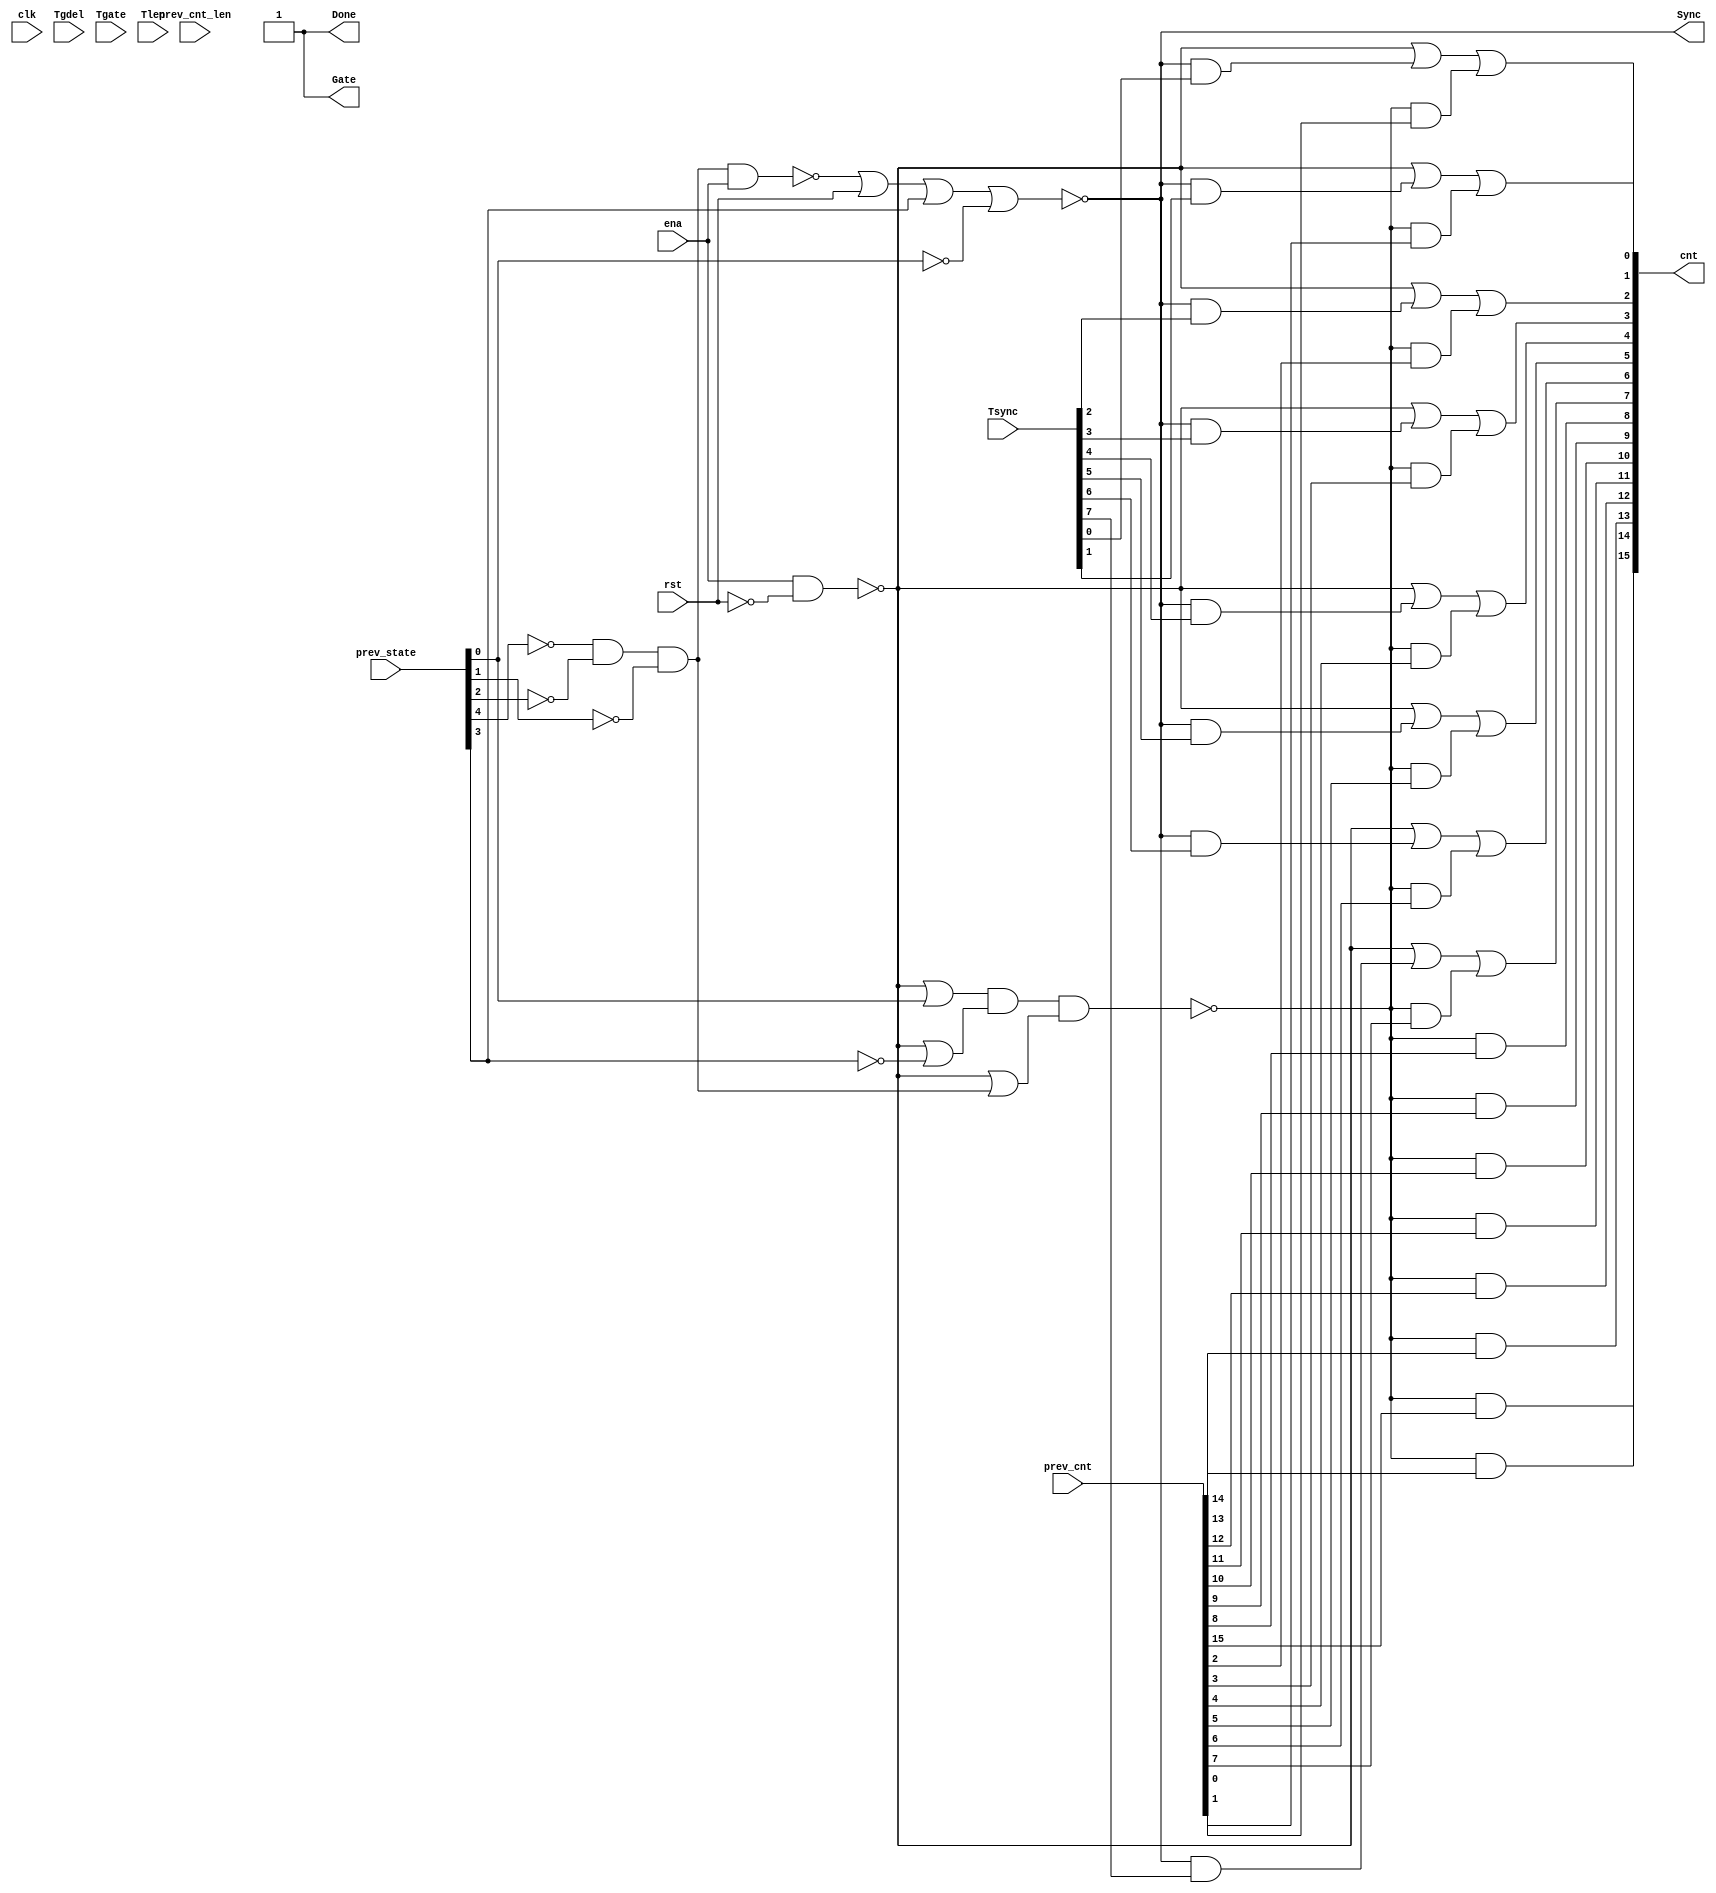
//
// Conformal-LEC: Version 11.10-d208 (10-Mar-2012) (64 bit executable)
//
module top(clk, ena, rst, Tsync, Tgdel, Tgate, Tlen, Sync, Gate, Done, 
    prev_state, prev_cnt, prev_cnt_len, cnt);
input  clk, ena, rst;
output Sync, Gate, Done;
input   [7:0] Tsync;
input   [7:0] Tgdel;
input   [15:0] Tgate;
input   [15:0] Tlen;
input   [4:0] prev_state;
input   [15:0] prev_cnt;
input   [15:0] prev_cnt_len;
output  [15:0] cnt;
wire  \mux_cnt_124_11_g275/w_0 , \mux_cnt_124_11_g275/w_1 , 
    \mux_cnt_124_11_g275/w_2 , \mux_cnt_124_11_g272/w_0 , 
    \mux_cnt_124_11_g272/w_1 , \mux_cnt_124_11_g272/w_2 , 
    \mux_cnt_124_11_g269/w_0 , \mux_cnt_124_11_g269/w_1 , 
    \mux_cnt_124_11_g269/w_2 , \mux_cnt_124_11_g266/w_0 , 
    \mux_cnt_124_11_g266/w_1 , \mux_cnt_124_11_g266/w_2 , 
    \mux_cnt_124_11_g263/w_0 , \mux_cnt_124_11_g263/w_1 , 
    \mux_cnt_124_11_g263/w_2 , \mux_cnt_124_11_g257/w_0 , 
    \mux_cnt_124_11_g257/w_1 , \mux_cnt_124_11_g257/w_2 , 
    \mux_cnt_124_11_g233/w_0 , \mux_cnt_124_11_g233/w_1 , 
    \mux_cnt_124_11_g233/w_2 , \mux_cnt_124_11_g230/w_0 , 
    \mux_cnt_124_11_g230/w_1 , \mux_cnt_124_11_g230/w_2 , n_459, n_458, n_457, 
    n_456, n_455, n_454, n_453, n_452, n_451, n_450, n_449, n_448, n_447, 
    n_443, n_328, n_327, n_38, Sync, rst, ena, clk;
wire  \mux_cnt_124_11_g275/data0 , \mux_cnt_124_11_g272/data0 , 
    \mux_cnt_124_11_g269/data0 , \mux_cnt_124_11_g266/data0 , 
    \mux_cnt_124_11_g263/data0 , \mux_cnt_124_11_g257/data0 , 
    \mux_cnt_124_11_g233/data0 , \mux_cnt_124_11_g230/data0 , Done, Gate;
wire   [15:0] cnt;
wire   [4:0] prev_state;
wire   [15:0] prev_cnt_len;
wire   [15:0] prev_cnt;
wire   [15:0] Tlen;
wire   [15:0] Tgate;
wire   [7:0] Tgdel;
wire   [7:0] Tsync;
  assign \mux_cnt_124_11_g275/data0  = 1'b1;
  assign \mux_cnt_124_11_g272/data0  = 1'b1;
  assign \mux_cnt_124_11_g269/data0  = 1'b1;
  assign \mux_cnt_124_11_g266/data0  = 1'b1;
  assign \mux_cnt_124_11_g263/data0  = 1'b1;
  assign \mux_cnt_124_11_g257/data0  = 1'b1;
  assign \mux_cnt_124_11_g233/data0  = 1'b1;
  assign \mux_cnt_124_11_g230/data0  = 1'b1;
  assign Done = 1'b1;
  assign Gate = 1'b1;
  or \mux_cnt_124_11_g275/org (cnt[2], \mux_cnt_124_11_g275/w_0 , 
    \mux_cnt_124_11_g275/w_1 , \mux_cnt_124_11_g275/w_2 );
  and \mux_cnt_124_11_g275/a_2 (\mux_cnt_124_11_g275/w_2 , n_328, prev_cnt[2]);
  and \mux_cnt_124_11_g275/a_1 (\mux_cnt_124_11_g275/w_1 , Sync, Tsync[2]);
  and \mux_cnt_124_11_g275/a_0 (\mux_cnt_124_11_g275/w_0 , n_327, 
    \mux_cnt_124_11_g275/data0 );
  or \mux_cnt_124_11_g272/org (cnt[3], \mux_cnt_124_11_g272/w_0 , 
    \mux_cnt_124_11_g272/w_1 , \mux_cnt_124_11_g272/w_2 );
  and \mux_cnt_124_11_g272/a_2 (\mux_cnt_124_11_g272/w_2 , n_328, prev_cnt[3]);
  and \mux_cnt_124_11_g272/a_1 (\mux_cnt_124_11_g272/w_1 , Sync, Tsync[3]);
  and \mux_cnt_124_11_g272/a_0 (\mux_cnt_124_11_g272/w_0 , n_327, 
    \mux_cnt_124_11_g272/data0 );
  or \mux_cnt_124_11_g269/org (cnt[4], \mux_cnt_124_11_g269/w_0 , 
    \mux_cnt_124_11_g269/w_1 , \mux_cnt_124_11_g269/w_2 );
  and \mux_cnt_124_11_g269/a_2 (\mux_cnt_124_11_g269/w_2 , n_328, prev_cnt[4]);
  and \mux_cnt_124_11_g269/a_1 (\mux_cnt_124_11_g269/w_1 , Sync, Tsync[4]);
  and \mux_cnt_124_11_g269/a_0 (\mux_cnt_124_11_g269/w_0 , n_327, 
    \mux_cnt_124_11_g269/data0 );
  or \mux_cnt_124_11_g266/org (cnt[5], \mux_cnt_124_11_g266/w_0 , 
    \mux_cnt_124_11_g266/w_1 , \mux_cnt_124_11_g266/w_2 );
  and \mux_cnt_124_11_g266/a_2 (\mux_cnt_124_11_g266/w_2 , n_328, prev_cnt[5]);
  and \mux_cnt_124_11_g266/a_1 (\mux_cnt_124_11_g266/w_1 , Sync, Tsync[5]);
  and \mux_cnt_124_11_g266/a_0 (\mux_cnt_124_11_g266/w_0 , n_327, 
    \mux_cnt_124_11_g266/data0 );
  or \mux_cnt_124_11_g263/org (cnt[6], \mux_cnt_124_11_g263/w_0 , 
    \mux_cnt_124_11_g263/w_1 , \mux_cnt_124_11_g263/w_2 );
  and \mux_cnt_124_11_g263/a_2 (\mux_cnt_124_11_g263/w_2 , n_328, prev_cnt[6]);
  and \mux_cnt_124_11_g263/a_1 (\mux_cnt_124_11_g263/w_1 , Sync, Tsync[6]);
  and \mux_cnt_124_11_g263/a_0 (\mux_cnt_124_11_g263/w_0 , n_327, 
    \mux_cnt_124_11_g263/data0 );
  or \mux_cnt_124_11_g257/org (cnt[7], \mux_cnt_124_11_g257/w_0 , 
    \mux_cnt_124_11_g257/w_1 , \mux_cnt_124_11_g257/w_2 );
  and \mux_cnt_124_11_g257/a_2 (\mux_cnt_124_11_g257/w_2 , n_328, prev_cnt[7]);
  and \mux_cnt_124_11_g257/a_1 (\mux_cnt_124_11_g257/w_1 , Sync, Tsync[7]);
  and \mux_cnt_124_11_g257/a_0 (\mux_cnt_124_11_g257/w_0 , n_327, 
    \mux_cnt_124_11_g257/data0 );
  or \mux_cnt_124_11_g233/org (cnt[0], \mux_cnt_124_11_g233/w_0 , 
    \mux_cnt_124_11_g233/w_1 , \mux_cnt_124_11_g233/w_2 );
  and \mux_cnt_124_11_g233/a_2 (\mux_cnt_124_11_g233/w_2 , n_328, prev_cnt[0]);
  and \mux_cnt_124_11_g233/a_1 (\mux_cnt_124_11_g233/w_1 , Sync, Tsync[0]);
  and \mux_cnt_124_11_g233/a_0 (\mux_cnt_124_11_g233/w_0 , n_327, 
    \mux_cnt_124_11_g233/data0 );
  or \mux_cnt_124_11_g230/org (cnt[1], \mux_cnt_124_11_g230/w_0 , 
    \mux_cnt_124_11_g230/w_1 , \mux_cnt_124_11_g230/w_2 );
  and \mux_cnt_124_11_g230/a_2 (\mux_cnt_124_11_g230/w_2 , n_328, prev_cnt[1]);
  and \mux_cnt_124_11_g230/a_1 (\mux_cnt_124_11_g230/w_1 , Sync, Tsync[1]);
  and \mux_cnt_124_11_g230/a_0 (\mux_cnt_124_11_g230/w_0 , n_327, 
    \mux_cnt_124_11_g230/data0 );
  nor g35(n_38, n_327, prev_state[0]);
  not g311(n_447, prev_state[0]);
  not g312(n_448, rst);
  not g313(n_449, prev_state[1]);
  not g314(n_450, prev_state[2]);
  not g315(n_451, prev_state[4]);
  not g316(n_452, prev_state[3]);
  nand g317(n_443, n_451, n_450, n_449);
  not g318(n_453, n_443);
  nand g319(n_454, n_453, ena);
  nor g320(Sync, n_454, rst, prev_state[3], n_447);
  nand g321(n_327, ena, n_448);
  not g322(n_455, n_38);
  nor g323(n_456, n_327, n_452);
  not g324(n_457, n_456);
  nor g325(n_458, n_327, n_453);
  not g326(n_459, n_458);
  nand g327(n_328, n_455, n_457, n_459);
  and g328(cnt[14], n_328, prev_cnt[14]);
  and g329(cnt[13], n_328, prev_cnt[13]);
  and g330(cnt[12], n_328, prev_cnt[12]);
  and g331(cnt[11], n_328, prev_cnt[11]);
  and g332(cnt[10], n_328, prev_cnt[10]);
  and g333(cnt[9], n_328, prev_cnt[9]);
  and g334(cnt[8], n_328, prev_cnt[8]);
  and g335(cnt[15], n_328, prev_cnt[15]);
endmodule